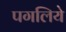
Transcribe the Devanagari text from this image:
पगलिये